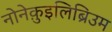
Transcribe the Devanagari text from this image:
नोनेक़ुइलिब्रिउम